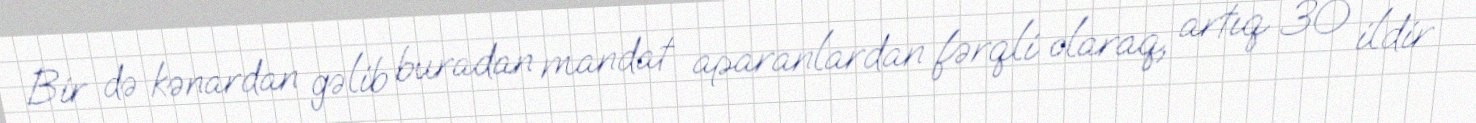
Bir də kənardan gəlib buradan mandat aparanlardan fərqli olaraq, artıq 30 ildir